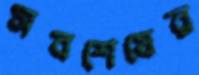
সবশেষের